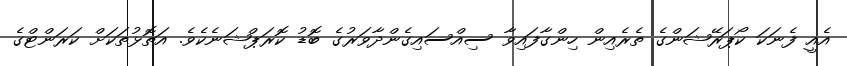
އެއީ ފެނަކަ ކޯޕަރޭޝަންގެ ތެރެއިން ހިންގާފައިވާ ސިއްސައިގެންދާވަރުގެ ބޮޑު ކޮރަޕްޝަނެކެވެ. އަތޮޅުތަކަށް ކަރަންޓްގެ